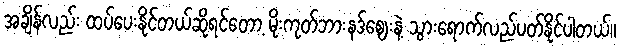
အချိန်လည်း ထပ်ပေးနိုင်တယ်ဆိုရင်တော့ မိုးကုတ်ဘားနဒ်ဈေးနဲ့ သွားရောက်လည်ပတ်နိုင်ပါတယ်။